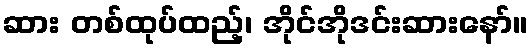
ဆား တစ်ထုပ်ထည့်၊ အိုင်အိုဒင်းဆားနော်။